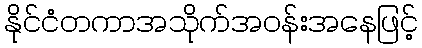
နိုင်ငံတကာအသိုက်အဝန်းအနေဖြင့်